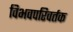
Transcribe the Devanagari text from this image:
विभवपरिवर्तक